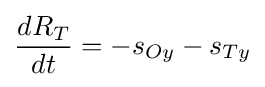
{\frac {dR_{T}}{dt}}=-s_{Oy}-s_{Ty}\,\!